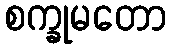
စက္ခုမတော